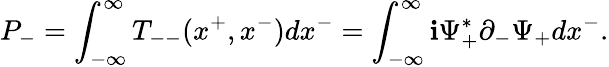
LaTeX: P_{-}=\int_{-{\infty}}^{\infty}T_{--}(x^{+},x^{-})dx^{-}=\int_{-{\infty}}^{\infty}\mathbf{i}{\Psi}_{+}^{\ast}{\partial}_{-}{\Psi}_{+}dx^{-}.